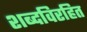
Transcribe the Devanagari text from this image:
शब्दविरहित